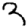
Digit: 9